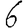
Digit: 6